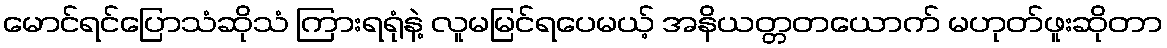
မောင်ရင်ပြောသံဆိုသံ ကြားရရုံနဲ့ လူမမြင်ရပေမယ့် အနိယတ္တတယောက် မဟုတ်ဖူးဆိုတာ